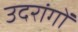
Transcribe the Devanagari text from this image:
उदरांगों